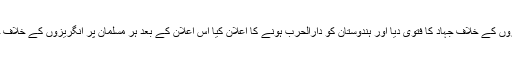
ملک کے علماء نے انگریزوں کے خلاف جہاد کا فتویٰ دیا اور ہندوستان کو دارالحرب ہونے کا اعلان کیا اس اعلان کے بعد ہر مسلمان پر انگریزوں کے خلاف جہاد کو فرض قرار دیا گیا۔